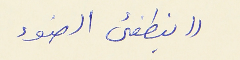
((ينطفىء الضوء